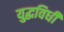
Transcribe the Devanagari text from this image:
युद्धविधी